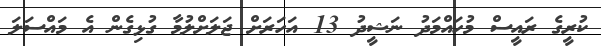
ކުރީގެ ރައީސް މުހައްމަދު ނަޝީދު 13 އަހަރަށް ޖަލަށްލުމާ ގުޅިގެން އެ މައްސަލަ